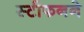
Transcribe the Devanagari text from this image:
स्टीफनने